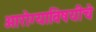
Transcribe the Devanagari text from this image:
आरोग्याविषयीचे